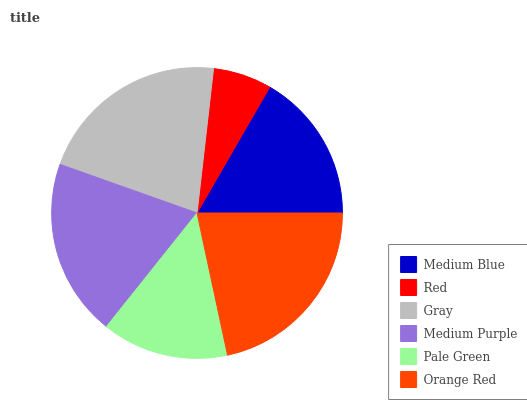
| Medium Blue | Red | Gray | Medium Purple | Pale Green | Orange Red |
 | --- | --- | --- | --- | --- | --- |
 | 16.7% | 6.52% | 21.3% | 19.7% | 14.1% | 21.6% |